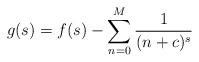
LaTeX: \begin{gather*}g(s)= f(s)- \sum_{n=0}^{M} \frac{1}{(n+c)^s}\end{gather*}